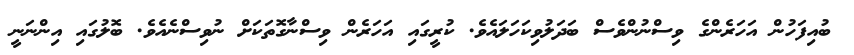
ބުއިފަހުން އަހަރެންގެ ވިސްނުންވެސް ބަދަލުވިކަހަލައެވެ. ކުރީގައި އަހަރެން ވިސްނާގޮތަކަށް ނުވިސްނެއެވެ. ބޮލުގައި އިންނަނީ